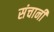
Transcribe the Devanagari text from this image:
संचानी